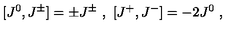
[ J ^ { 0 } , J ^ { \pm } ] = \pm J ^ { \pm } \ , \ [ J ^ { + } , J ^ { - } ] = - 2 J ^ { 0 } \ ,